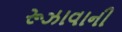
રૂઝાવાની